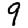
Digit: 9